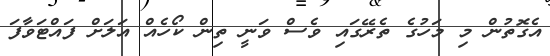
އެގޮތުން މި މަހުގެ ތެރޭގައި ވެސް ވަނީ ތިން ކޯހެއް އަލަށް ފައްޓަވާފަ